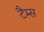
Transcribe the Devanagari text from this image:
टैम्स